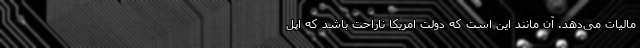
مالیات می‌دهد. آن مانند این است که دولت امریکا ناراحت باشد که اپل